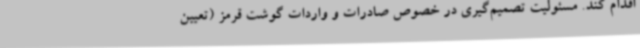
اقدام کند. مسئولیت تصمیم‌گیری در خصوص صادرات و واردات گوشت قرمز (تعیین